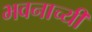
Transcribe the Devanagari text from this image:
भवनाच्यी